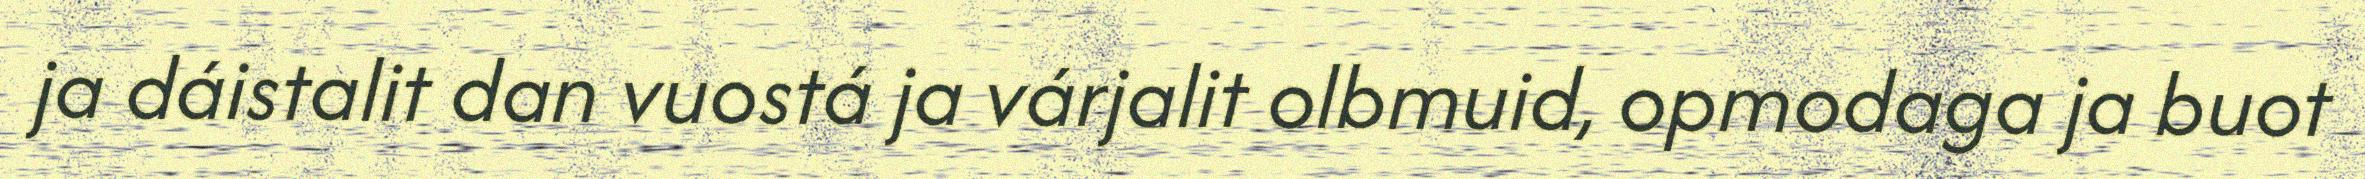
ja dáistalit dan vuostá ja várjalit olbmuid, opmodaga ja buot